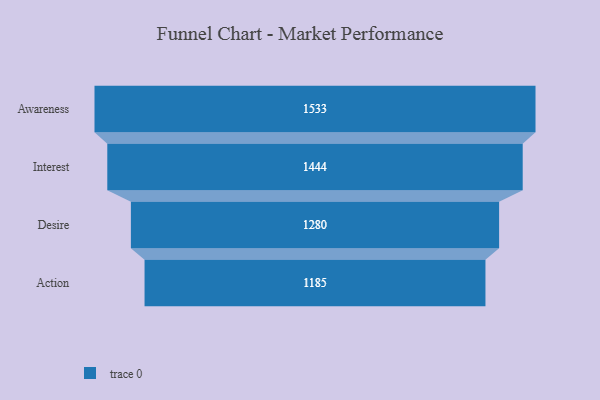
{"axis": {"x": "Stage", "y": "Value"}, "legend": [""], "data": [{"x": "Awareness", "y": 1533.0, "type": ""}, {"x": "Interest", "y": 1444.0, "type": ""}, {"x": "Desire", "y": 1280.0, "type": ""}, {"x": "Action", "y": 1185.0, "type": ""}]}